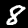
Label: 8